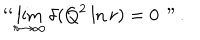
LaTeX: ` ` \lim _ { r \rightarrow \infty } \delta ( Q ^ { 2 } \ln r ) = 0 \, " \, .